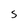
Character: 5